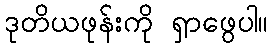
ဒုတိယဖုန်းကို ရှာဖွေပါ။